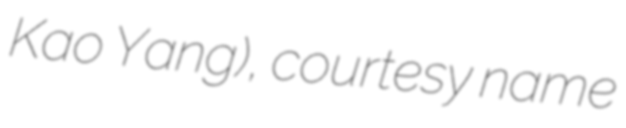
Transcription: Kao Yang), courtesy name